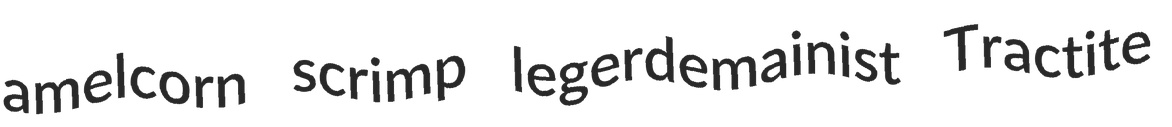
amelcorn scrimp legerdemainist Tractite